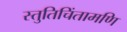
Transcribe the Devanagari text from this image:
स्तुतिचिंतामणि